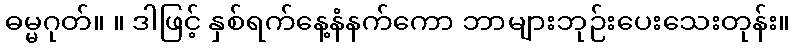
ဓမ္မဂုတ်။ ။ ဒါဖြင့် နှစ်ရက်နေ့နံနက်ကော ဘာများဘုဉ်းပေးသေးတုန်း။